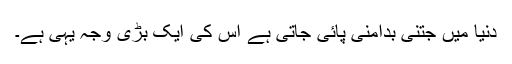
دنیا میں جتنی بدامنی پائی جاتی ہے اس کی ایک بڑی وجہ یہی ہے۔